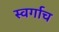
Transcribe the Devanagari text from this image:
स्वर्गाच